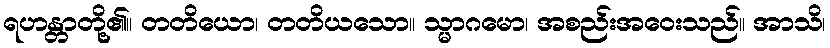
ရဟန္တာတို့၏။ တတိယော၊ တတိယသော။ သ္မာဂမော၊ အစည်းအဝေးသည်။ အာသိ၊